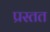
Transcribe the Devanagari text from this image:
प्रस्तत